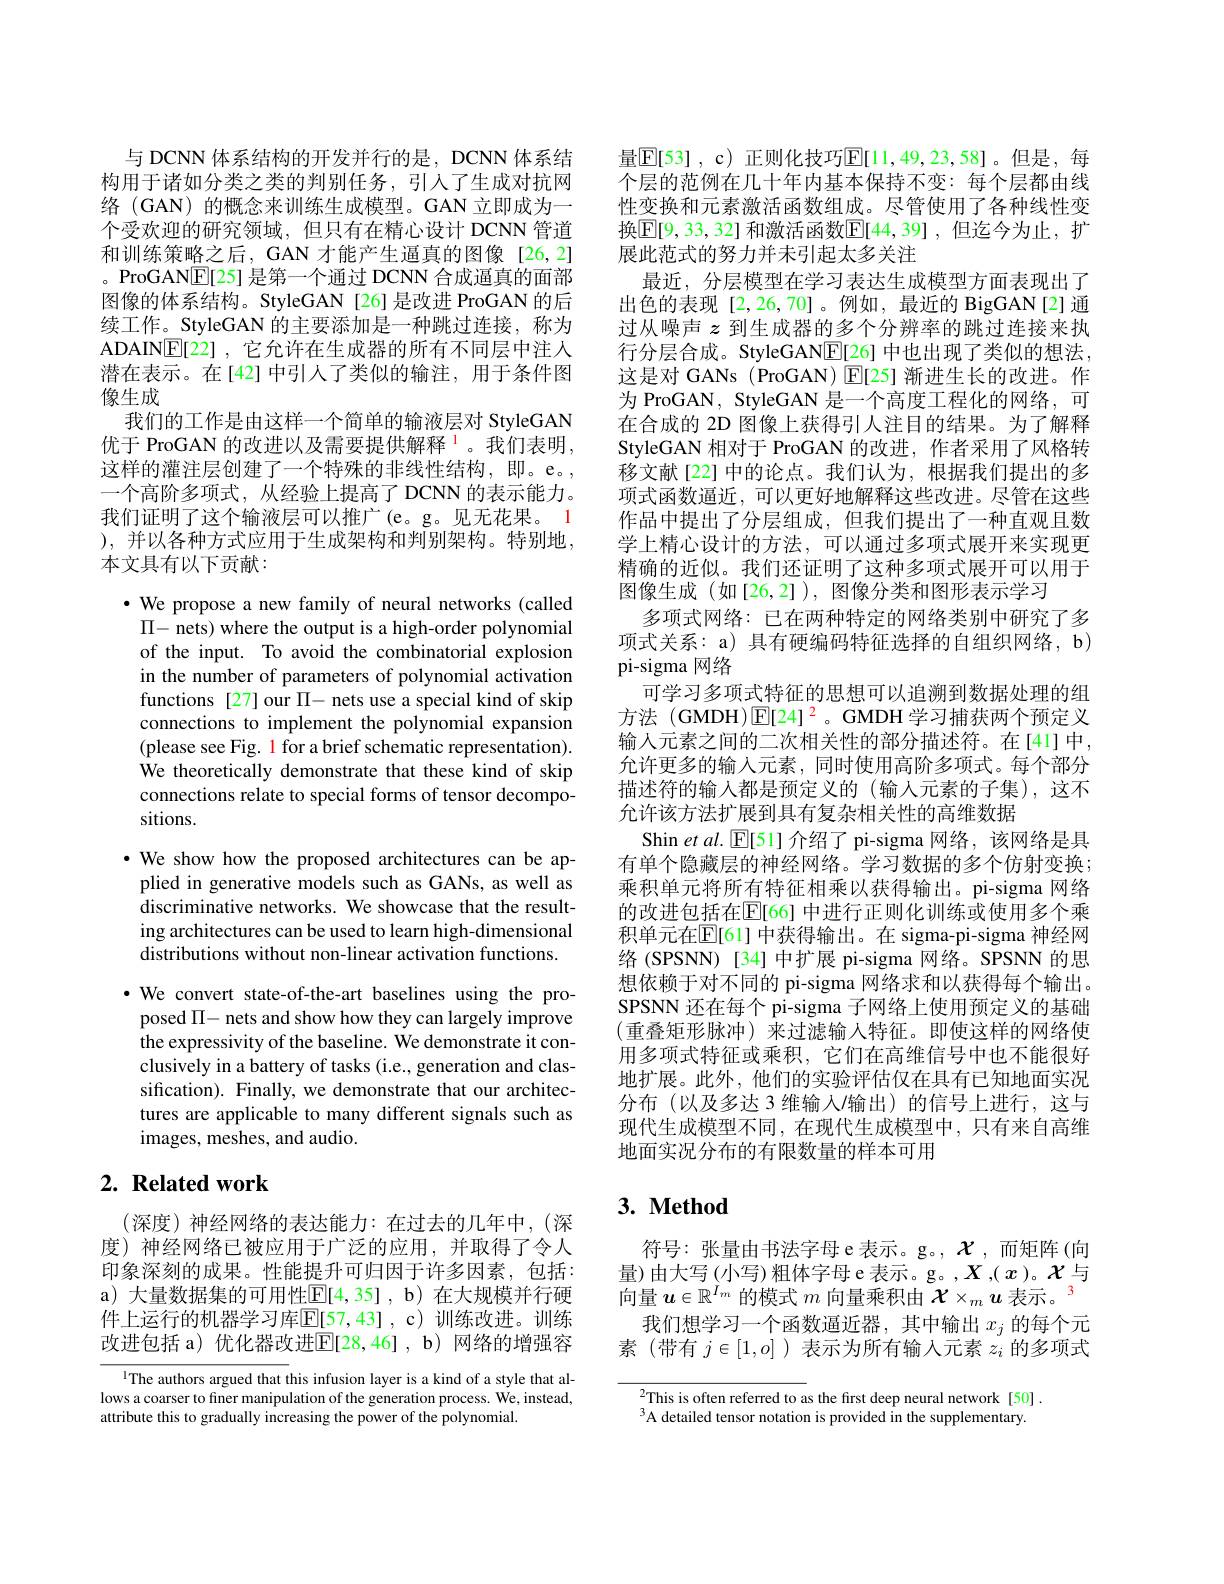
与 DCNN 体系结构的开发并行的是，DCNN 体系结构用于诸如分类之类的判别任务，引人了生成对抗网络 (GAN) 的概念来训练生成模型。GAN 立即成为一个受欢迎的研究领域，但只有在精心设计 DCNN 管道和训练策略之后，GAN 才能产生逼真的图像[26,2] 。ProGAN$\underline{\mathrm{E}}[25]$是第一个通过 DCNN 合成逼真的面部图像的体系结构。StyleGAN[26]是改进 ProGAN 的后续工作。StyleGAN 的主要添加是一种跳过连接，称为ADAINE[22] ,它允许在生成器的所有不同层中注人潜在表示。在[42] 中引人了类似的输注，用于条件图像生成
我们的工作是由这样一个简单的输液层对 StyleGAN 优于 ProGAN 的改进以及需要提供解释$^1$。我们表明， 这样的灌注层创建了一个特殊的非线性结构，即。e。, 一个高阶多项式，从经验上提高了 DCNN 的表示能力。我们证明了这个输液层可以推广(e。g。见无花果。1 ), 并以各种方式应用于生成架构和判别架构。特别地， 本文具有以下贡献：

$\cdot$ We propose a new family of neural networks (called $\Pi-$ nets) where the output is a high-order polynomial of the input. To avoid the combinatorial explosion in the number of parameters of polynomial activation functions [27] our $\Pi$- nets use a special kind of skip connections to implement the polynomial expansion (please see Fig. 1 for a brief schematic representation). We theoretically demonstrate that these kind of skip connections relate to special forms of tensor decompositions.

·We show how the proposed architectures can be ap-
plied in generative models such as GANs, as well as discriminative networks. We showcase that the resulting architectures can be used to learn high-dimensional distributions without non-linear activation functions.

$\cdot$ We convert state-of-the-art baselines using the pro-
posed $\Pi-$ nets and show how they can largely improve the expressivity of the baseline. We demonstrate it conclusively in a battery of tasks (i.e., generation and classification). Finally, we demonstrate that our architectures are applicable to many different signals such as ${\mathrm{images,~meshes,~and~audio.}}$

## $2. \textbf{ Related work}$

(深度)神经网络的表达能力：在过去的几年中，(深度) 神经网络已被应用于广泛的应用，并取得了令人印象深刻的成果。性能提升可归因于许多因素，包括： a) 大量数据集的可用性$\overline{\mathbb{E}}[4,35]$, b) 在大规模并行硬件上运行的机器学习库$\mathbb{E}[57,43]$, c)训练改进。训练改进包括 a)优化器改进$\mathbb{E}[28,46]$, b)网络的增强容

l The authors argued that this infusion layer is a kind of a style that allows a coarser to finer manipulation of the generation process. We, instead, attribute this to gradually increasing the power of the polynomial.

量$\mathbb{E}[53]$, c) 正则化技巧$\mathbb{E}[11,49,23,58]$。但是，每个层的范例在几十年内基本保持不变：每个层都由线性变换和元素激活函数组成。尽管使用了各种线性变换$\boxed{\mathrm{E}[9,33,32]\text{ 和激活函数}\mathbb{E}[44,39],\text{ 但迄今为止，扩}}$ 展此范式的努力并未引起太多关注
最近，分层模型在学习表达生成模型方面表现出了出色的表现[2,26,70]。例如，最近的 BigGAN[2]通过从噪声$z$到生成器的多个分辨率的跳过连接来执行分层合成。StyleGAN$\underline{\mathbb{E}}[26]$中也出现了类似的想法， 这是对 GANs (ProGAN) $\operatorname{E[E[25]}$渐进生长的改进。作为 ProGAN, StyleGAN 是一个高度工程化的网络，可在合成的 2D 图像上获得引人注目的结果。为了解释StyleGAN 相对于 ProGAN 的改进，作者采用了风格转移文献[22]中的论点。我们认为，根据我们提出的多项式函数逼近，可以更好地解释这些改进。尽管在这些作品中提出了分层组成，但我们提出了一种直观且数学上精心设计的方法，可以通过多项式展开来实现更精确的近似。我们还证明了这种多项式展开可以用于图像生成(如[26,2]), 图像分类和图形表示学习
多项式网络：已在两种特定的网络类别中研究了多项式关系：a) 具有硬编码特征选择的自组织网络，b) pi-sigma 网络
可学习多项式特征的思想可以追溯到数据处理的组方法 (GMDH)$\mathbb{E}[24]^{2}$。GMDH 学习捕获两个预定义输人元素之间的二次相关性的部分描述符。在[41]中， 允许更多的输入元素，同时使用高阶多项式。每个部分描述符的输入都是预定义的(输人元素的子集),这不允许该方法扩展到具有复杂相关性的高维数据
Shin et al. $\mathbb{E}[51]$介绍了 pi-sigma 网络，该网络是具有单个隐藏层的神经网络。学习数据的多个仿射变换； 乘积单元将所有特征相乘以获得输出。pi-sigma 网络的改进包括在$\mathbb{E}[66]$ 中进行正则化训练或使用多个乘积单元在$\mathbb{E}[6$1] 中获得输出。在 sigma-pi-sigma 神经网络(SPSNN)[34]中扩展 pi-sigma 网络。SPSNN 的思想依赖于对不同的 pi-sigma 网络求和以获得每个输出。SPSNN 还在每个 pi-sigma 子网络上使用预定义的基础(重叠矩形脉冲)来过滤输入特征。即使这样的网络使用多项式特征或乘积，它们在高维信号中也不能很好地扩展。此外，他们的实验评估仅在具有已知地面实况分布(以及多达 3 维输入/输出)的信号上进行，这与现代生成模型不同，在现代生成模型中，只有来自高维地面实况分布的有限数量的样本可用

## $\textbf{3. Method}$

符号：张量由书法字母e表示。g。,$\mathcal{X}$,而矩阵(向量)由大写(小写)粗体字母e表示。g。$X$,($x$)。$\mathcal{X}$与向量$u\in\mathbb{R}^{\dot{I}_m}$的模式$m$向量乘积由$\mathcal{X}\times_m\boldsymbol{u}$表示。
我们想学习一个函数逼近器，其中输出$x_j$ 的每个元素(带有$j\in[1,o]$ )表示为所有输入元素$z_i$的多项式

$^{2}$This is often referred to as the first deep neural network[50]. $^{3}$A detailed tensor notation is provided in the supplementary.